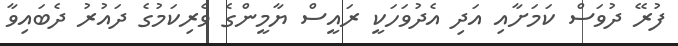
ފުރޭ ދުވަސް ކަމަށާއި އަދި އެދުވަހަކީ ރައީސް ޔާމީންގެ ވެރިކަމުގެ ދައުރު ދެބައިވާ